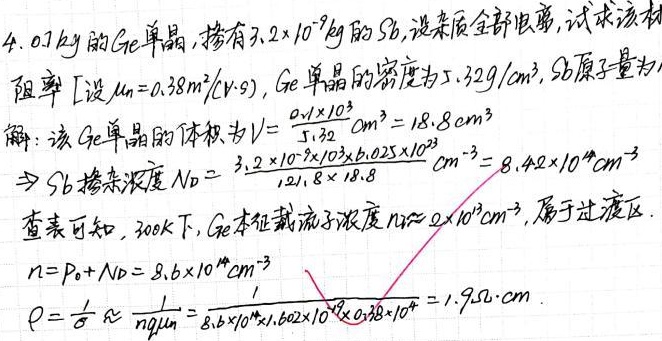
已知\(0.1kg\)的\(Ge\)单晶，掺有\(3.2\times10^{-9}kg\)的\(Sb\)，设杂质全部电离，求该材料电阻率。
设\(\mu_{n}=0.38m^{2}/(V\cdot s)\)，\(Ge\)单晶的密度为\(5.32g/cm^{3}\)，\(Sb\)原子量为\(121.8\)。

解：该\(Ge\)单晶的体积为
\(V = \frac{0.1\times10^{3}}{5.32} cm^{3}=18.8cm^{3}\)

\(\Rightarrow Sb\)掺杂浓度\(N_{D}=\frac{3.2\times10^{-9}\times0.025\times10^{23}}{121.8\times18.8} cm^{-3}=8.42\times10^{14}cm^{-3}\)

查表可知，\(300K\)下，\(Ge\)本征载流子浓度\(n_{i}\approx2\times10^{13}cm^{-3}\)，属于过渡区。

\(n = p_{0}+N_{D}=8.6\times10^{14}cm^{-3}\)

\(\rho=\frac{1}{\sigma}\approx\frac{1}{nq\mu_{n}}=\frac{1}{8.6\times10^{14}\times1.602\times10^{-19}\times0.38\times10^{4}} = 1.9\Omega\cdot cm\)